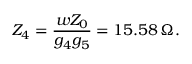
Z _ { 4 } = \frac { w Z _ { 0 } } { g _ { 4 } g _ { 5 } } = 1 5 . 5 8 \, \Omega .